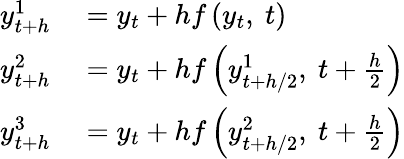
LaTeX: \begin{array}{rl}{y_{t+h}^{1}}&{{}=y_{t}+hf\left(y_{t},\ t\right)}\\ {y_{t+h}^{2}}&{{}=y_{t}+hf\left(y_{t+h/2}^{1},\ t+{\frac{h}{2}}\right)}\\ {y_{t+h}^{3}}&{{}=y_{t}+hf\left(y_{t+h/2}^{2},\ t+{\frac{h}{2}}\right)}\end{array}